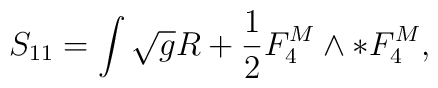
S_{11} = \int \sqrt{g} R + \frac{1}{2} F^M_4 \wedge * F^M_4,